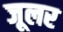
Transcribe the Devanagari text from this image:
जूलर